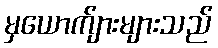
မှယောက်ျားများသည်